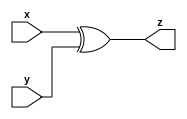
module xor_gate_32 (x, y, z);
  input [31:0] x;
  input [31:0] y;
  output [31:0] z;
  
  assign z = (x^y) ;
  
  
endmodule